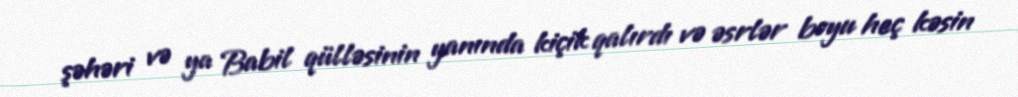
şəhəri və ya Babil qülləsinin yanında kiçik qalırdı və əsrlər boyu heç kəsin